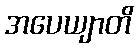
အပေယျာတိ